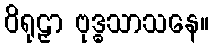
ဝိရုဠှာ ဗုဒ္ဓသာသနေ။